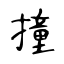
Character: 撞